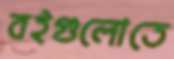
বইগুলোতে